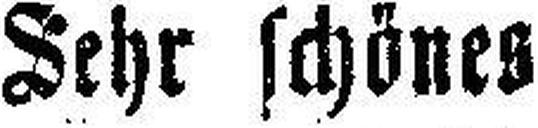
Sehr schönes